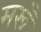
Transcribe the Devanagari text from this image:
मरूँ